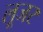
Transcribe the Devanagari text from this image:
लूजर